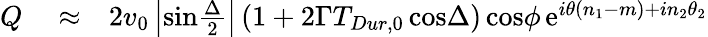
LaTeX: \begin{array}{rlr}{Q}&{{}\approx}&{2v_{0}\left|\mathrm{sin}{\frac{\Delta}{2}}\right|\, (1+2\Gamma T_{Dur,0}\, \mathrm{cos}\Delta)\, \mathrm{cos}\phi\, \mathrm{e}^{i\theta(n_{1}-m)+in_{2}\theta_{2}}}\end{array}